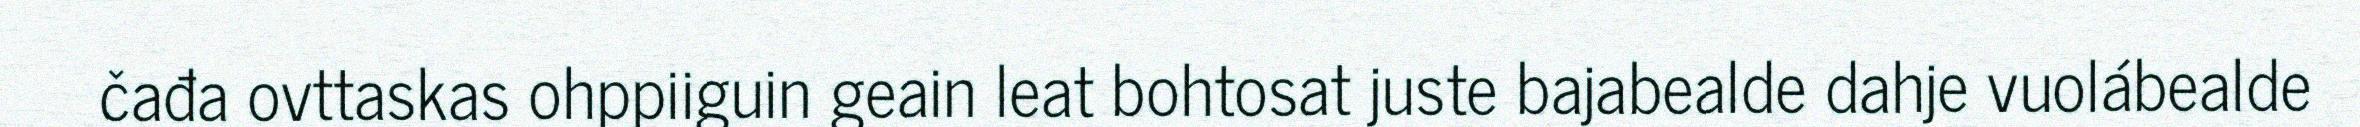
čađa ovttaskas ohppiiguin geain leat bohtosat juste bajabealde dahje vuolábealde